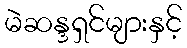
မဲဆန္ဒရှင်များနှင့်